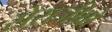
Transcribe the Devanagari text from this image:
सेराजीवो